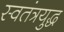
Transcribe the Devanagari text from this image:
स्वतंत्रयुद्ध